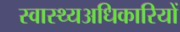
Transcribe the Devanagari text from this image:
स्वास्थ्यअधिकारियों